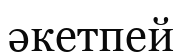
әкетпей